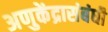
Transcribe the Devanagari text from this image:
अणुकेंद्रासंबंधी